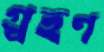
গ্র্রহণ